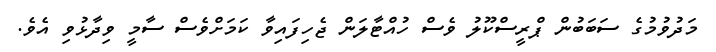
މަދުވުމުގެ ސަބަބުން ޕްރީސްކޫލު ވެސް ހުއްޓާލަން ޖެހިފައިވާ ކަމަށްވެސް ސާމީ ވިދާޅުވި އެވެ.